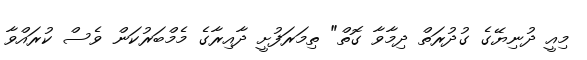
މިއީ ދުނިޔޭގެ ގުދުރަތް ދިމާވާ ގޮތް" ތިމަރަފުށީ ދާއިރާގެ މެމްބަރުކަން ވެސް ކުރައްވާ